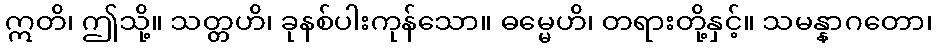
ဣတိ၊ ဤသို့။ သတ္တဟိ၊ ခုနစ်ပါးကုန်သော။ ဓမ္မေဟိ၊ တရားတို့နှင့်။ သမန္နာဂတော၊